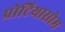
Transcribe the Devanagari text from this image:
प्रोटियासोम